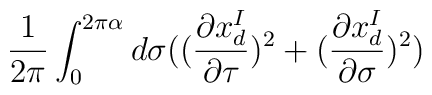
\frac{1}{2\pi}\int_0^{2\pi \alpha}d\sigma((\frac {\partial x_d^I}{\partial\tau})^2+(\frac{\partial x_d^I}{\partial \sigma})^2)